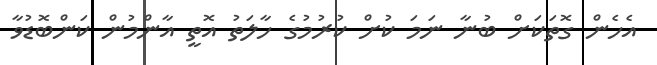
އެހެން ގޮތަކަށް ބުނާ ނަމަ ކުށް ކުރުމުގެ ހާލަތު އޮތީ އާންމުން ކަންބޮޑުވާ